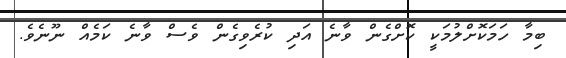
ބިމާ ހަމަކޮށްލުމަކީ ކޮށްގެން ވާނެ އަދި ކުރެވިގެން ވެސް ވާނެ ކަމެއް ނޫނެވެ.